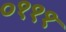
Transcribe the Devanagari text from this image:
०१११